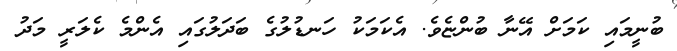
ބުނީމައި ކަމަށް އޭނާ ބުންޏެވެ. އެކަމަކު ހަނޑުލުގެ ބަދަލުގައި އެންމެ ކެލަރީ މަދު